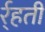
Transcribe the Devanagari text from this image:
र्र्हती